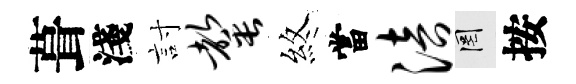
葺淺討罄煞當涪罔按